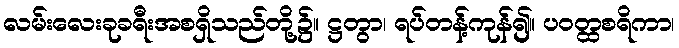
လမ်းလေးခုခရီးအစရှိသည်တို့၌။ ဋ္ဌတွာ၊ ရပ်တန့်ကုန်၍။ ပဝတ္ထစရိကာ၊